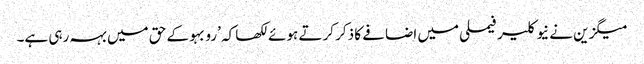
میگزین نے نیوکلیر فیملی میں اضافے کا ذکر کرتے ہوئے لکھا کہ ’رو بہو کے حق میں بہہ رہی ہے۔